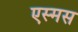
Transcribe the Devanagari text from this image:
एस्मस